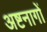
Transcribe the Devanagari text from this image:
अष्टनागों